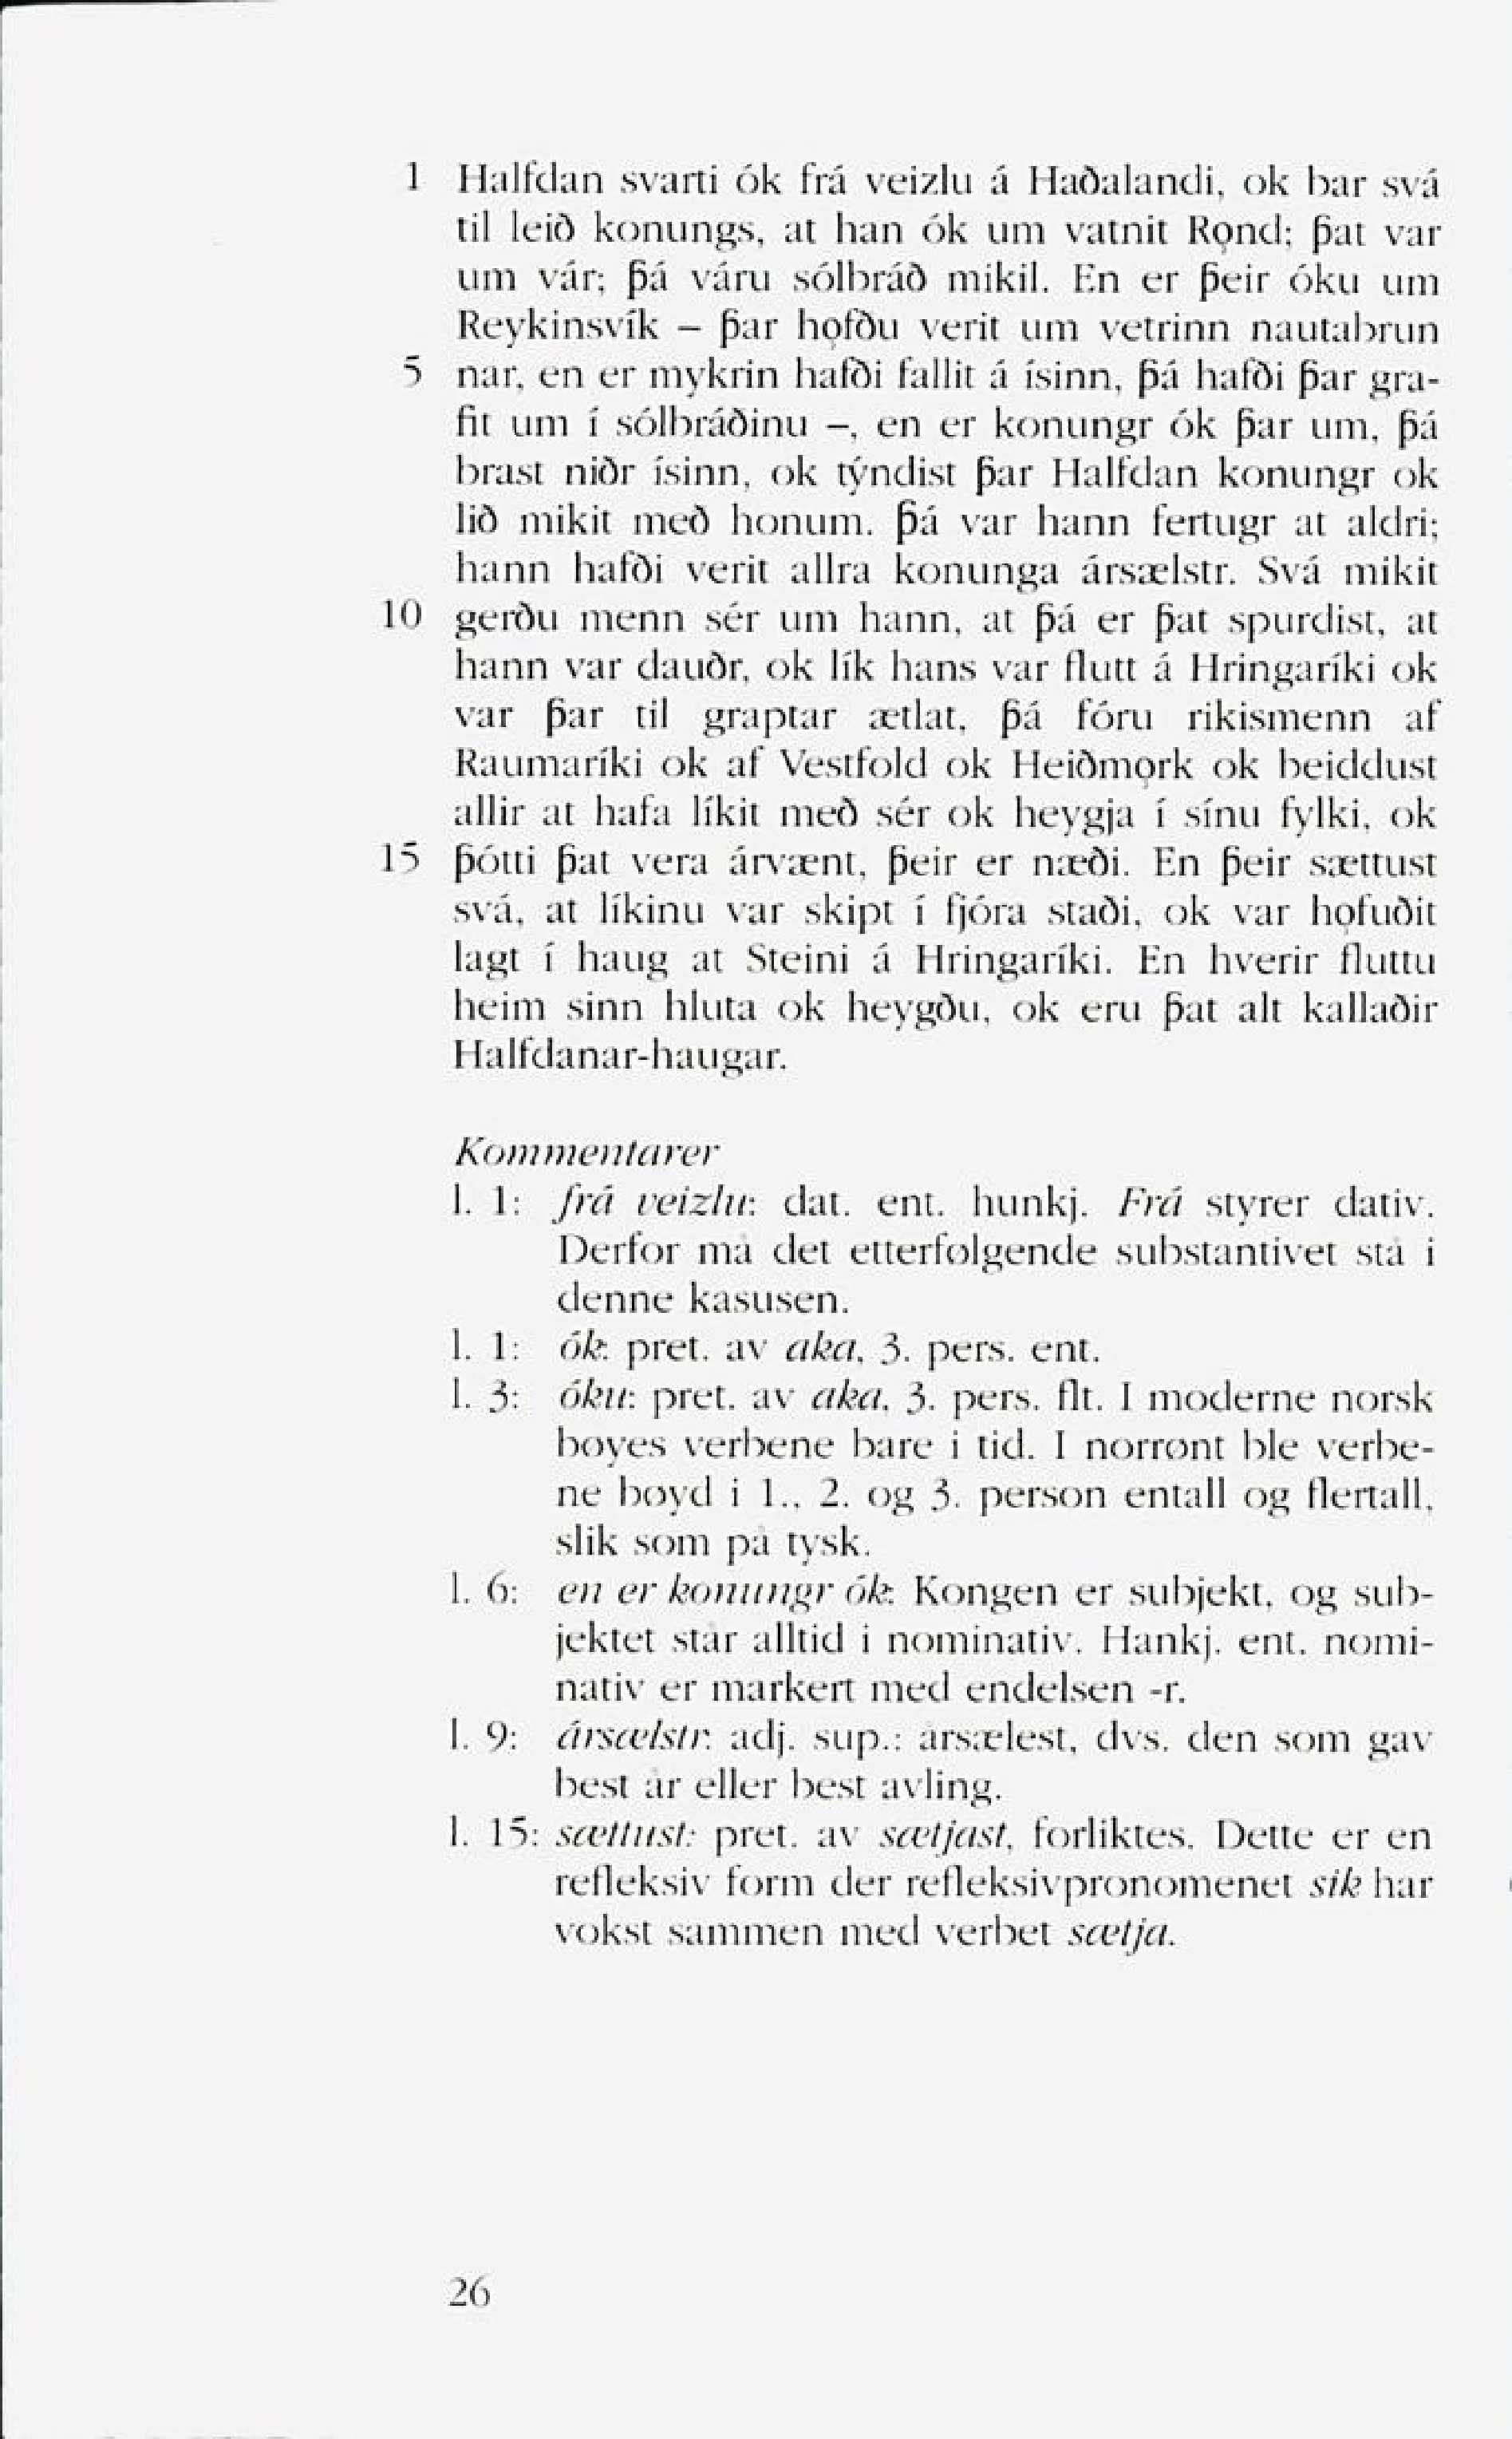
Language: no